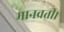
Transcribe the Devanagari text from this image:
मानवती।